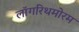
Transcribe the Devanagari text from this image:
लॉगरिथमोरम